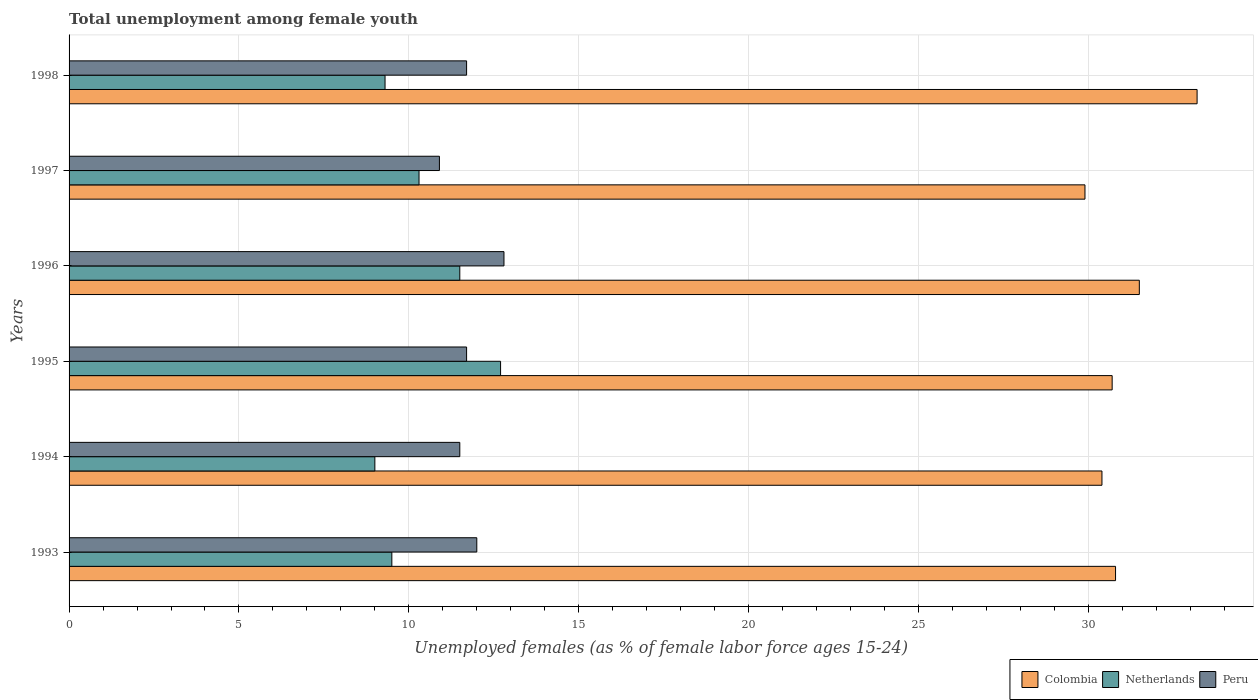
| Years | Colombia | Netherlands | Peru |
 | --- | --- | --- | --- |
 | 1993 | 30.8 | 9.5 | 12 |
 | 1994 | 30.4 | 9 | 11.5 |
 | 1995 | 30.7 | 12.7 | 11.7 |
 | 1996 | 31.5 | 11.5 | 12.8 |
 | 1997 | 29.9 | 10.3 | 10.9 |
 | 1998 | 33.2 | 9.3 | 11.7 |